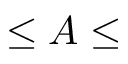
\leq A \leq